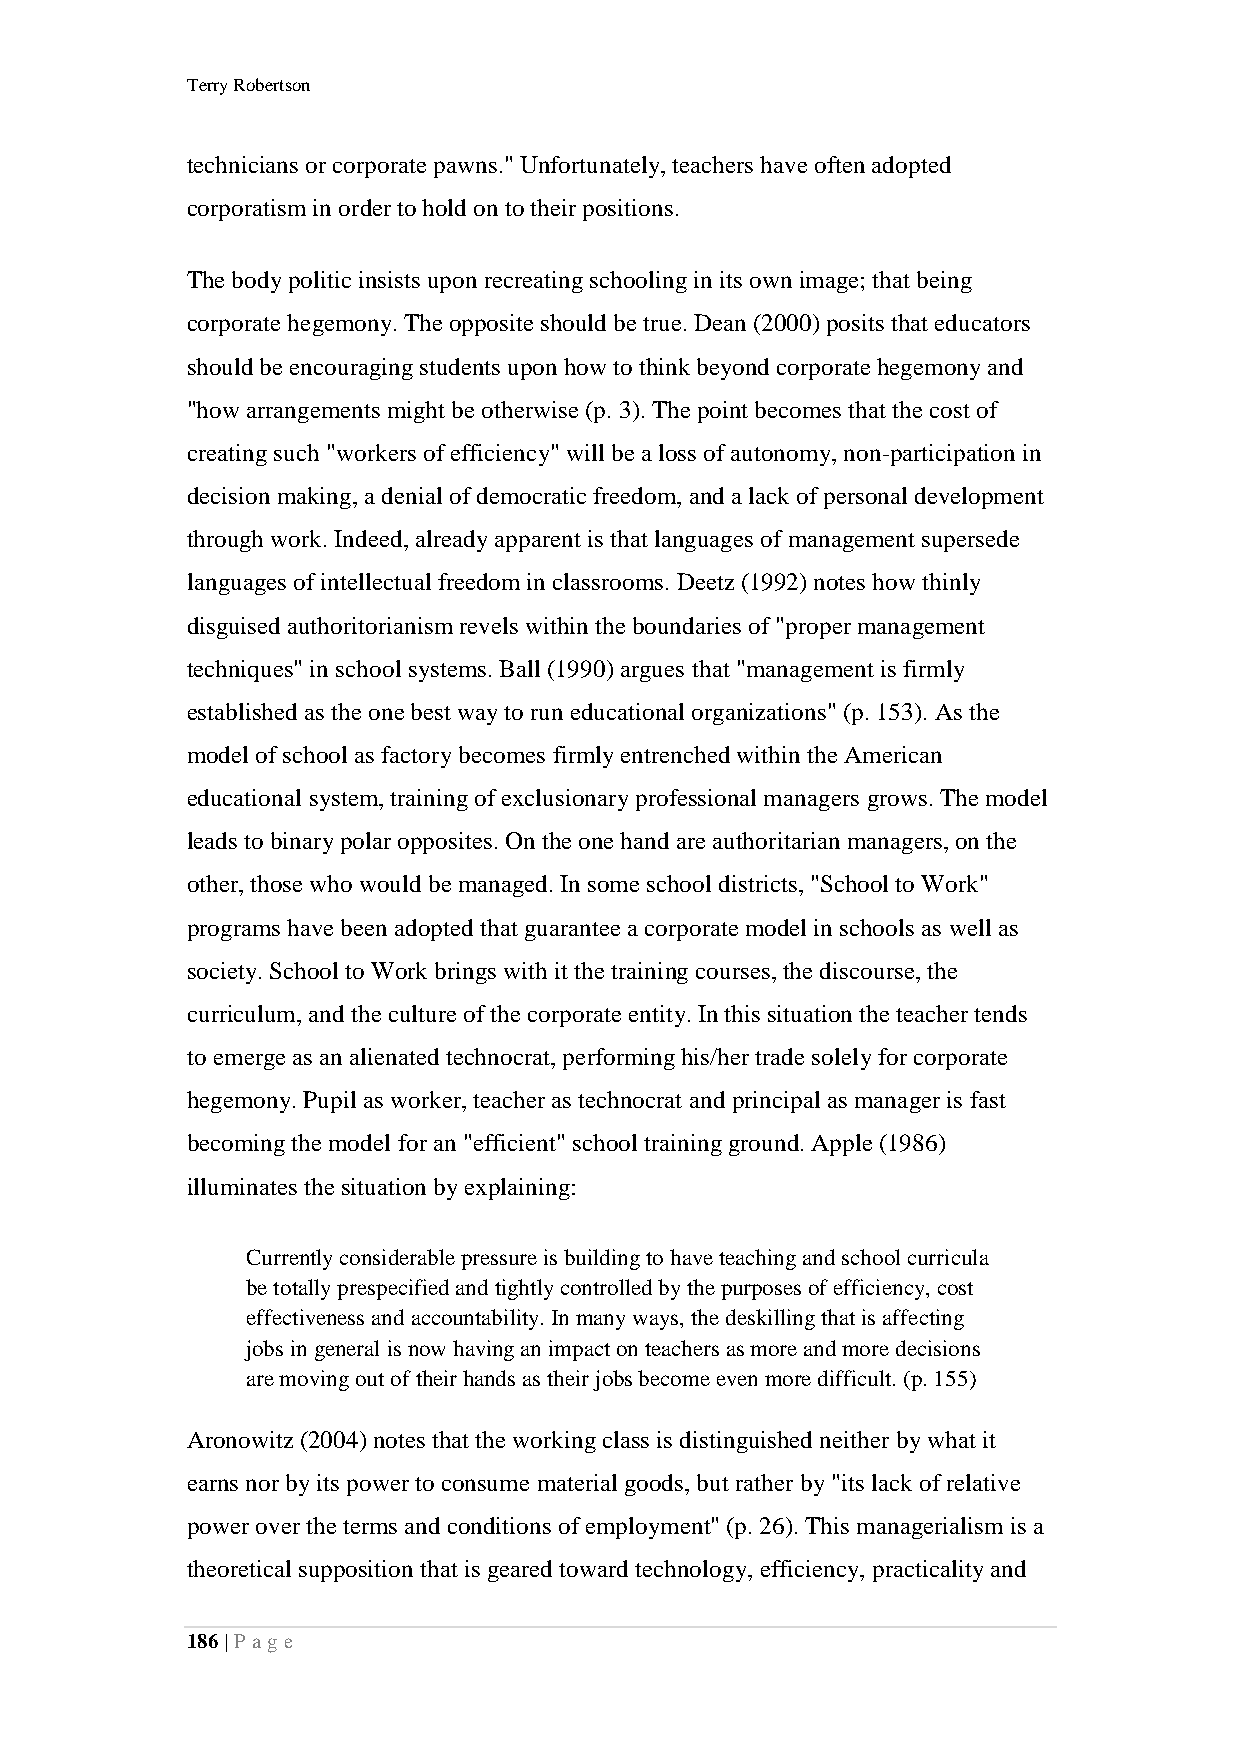
Terry Robertson
 technicians or corporate pawns." Unfortunately, teachers have often adopted
 corporatism in order to hold on to their positions.
 The body politic insists upon recreating schooling in its own image; that being
 corporate hegemony. The opposite should be true. Dean (2000) posits that educators
 should be encouraging students upon how to think beyond corporate hegemony and
 "how arrangements might be otherwise (p. 3). The point becomes that the cost of
 creating such "workers of efficiency" will be a loss of autonomy, non-participation in
 decision making, a denial of democratic freedom, and a lack of personal development
 through work. Indeed, already apparent is that languages of management supersede
 languages of intellectual freedom in classrooms. Deetz (1992) notes how thinly
 disguised authoritorianism revels within the boundaries of "proper management
 techniques" in school systems. Ball (1990) argues that "management is firmly
 established as the one best way to run educational organizations" (p. 153). As the
 model of school as factory becomes firmly entrenched within the American
 educational system, training of exclusionary professional managers grows. The model
 leads to binary polar opposites. On the one hand are authoritarian managers, on the
 other, those who would be managed. In some school districts, "School to Work"
 programs have been adopted that guarantee a corporate model in schools as well as
 society. School to Work brings with it the training courses, the discourse, the
 curriculum, and the culture of the corporate entity. In this situation the teacher tends
 to emerge as an alienated technocrat, performing his/her trade solely for corporate
 hegemony. Pupil as worker, teacher as technocrat and principal as manager is fast
 becoming the model for an "efficient" school training ground. Apple (1986)
 illuminates the situation by explaining:
 Currently considerable pressure is building to have teaching and school curricula
 be totally prespecified and tightly controlled by the purposes of efficiency, cost
 effectiveness and accountability. In many ways, the deskilling that is affecting
 jobs in general is now having an impact on teachers as more and more decisions
 are moving out of their hands as their jobs become even more difficult. (p. 155)
 Aronowitz (2004) notes that the working class is distinguished neither by what it
 earns nor by its power to consume material goods, but rather by "its lack of relative
 power over the terms and conditions of employment" (p. 26). This managerialism is a
 theoretical supposition that is geared toward technology, efficiency, practicality and
 186 | P a ge